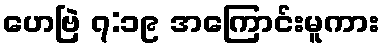
ဟေဗြဲ ၇:၁၉ အကြောင်းမူကား